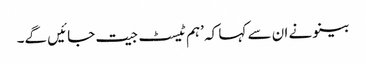
بینو نے ان سے کہا کہ ’ہم ٹیسٹ جیت جائیں گے۔